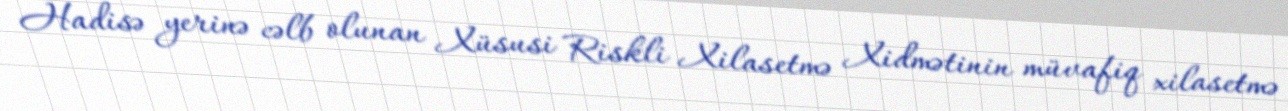
Hadisə yerinə cəlb olunan Xüsusi Riskli Xilasetmə Xidmətinin müvafiq xilasetmə